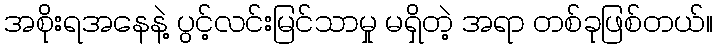
အစိုးရအနေနဲ့ ပွင့်လင်းမြင်သာမှု မရှိတဲ့ အရာ တစ်ခုဖြစ်တယ်။